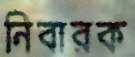
নিবারক